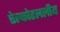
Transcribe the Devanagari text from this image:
ऐल्कोहललीय